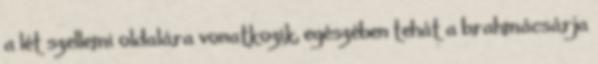
a lét szellemi oldalára vonatkozik, egészében tehát a brahmácsárja